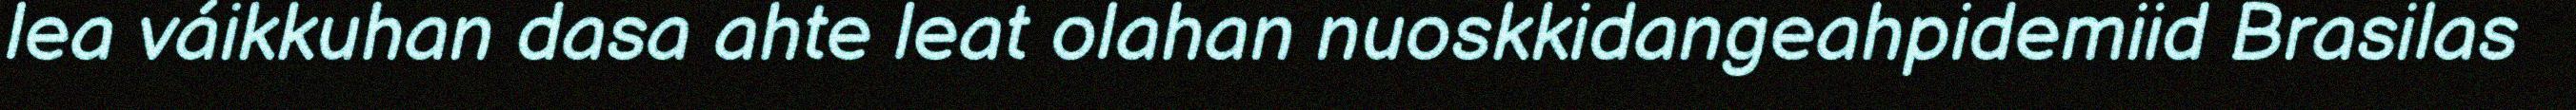
lea váikkuhan dasa ahte leat olahan nuoskkidangeahpidemiid Brasilas